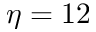
\eta = 1 2